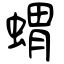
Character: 蝟